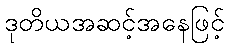
ဒုတိယအဆင့်အနေဖြင့်